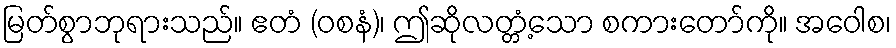
မြတ်စွာဘုရားသည်။ ဧတံ (ဝစနံ)၊ ဤဆိုလတ္တံ့သော စကားတော်ကို။ အဝေါစ၊